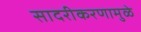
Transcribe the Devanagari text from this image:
सादरीकरणामुळे